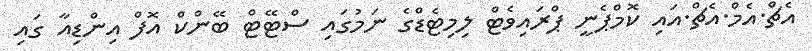
އެޗް.އެމް.އެޗް.އައި ކޮމްޕެނީ ޕްރައިވެޓް ލިމިޓެޑްގެ ނަމުގައި ސްޓޭޓް ބޭންކް އޮފް އިންޑިއާ ގައި